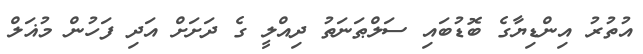
އުތުރު އިންޑިޔާގެ ބޮޑުބައި ސަލްޠަނަތު ދިއްލީ ގެ ދަށަށް އަދި ފަހުން މުޣަލް